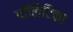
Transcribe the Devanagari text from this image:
पॉलिटिका